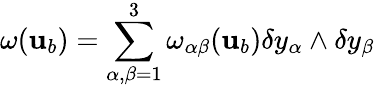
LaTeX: \omega({\mathbf{u}}_{b})=\sum_{\alpha,\beta=1}^{3}\omega_{\alpha\beta}({\mathbf{u}}_{b})\delta y_{\alpha}\wedge\delta y_{\beta}